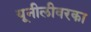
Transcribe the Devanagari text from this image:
यूनीलीवरका